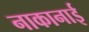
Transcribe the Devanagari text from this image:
नाकानाई